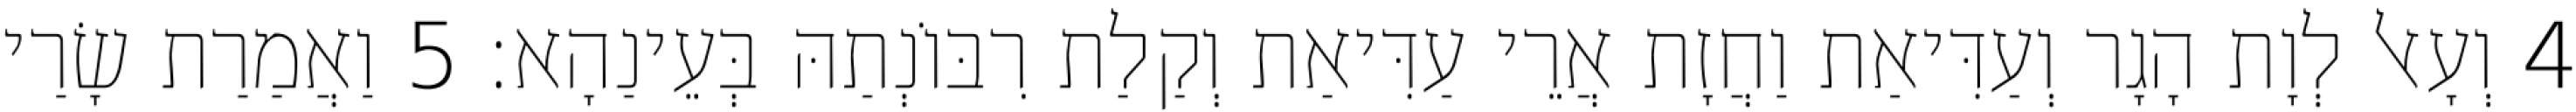
4 וְעָאל לְוָת הָגָר וְעַדִּיאַת וַחֲזָת אֲרֵי עַדִּיאַת וְקַלַת רִבּוֹנְתַהּ בְּעֵינַהָא׃ 5 וַאֲמַרַת שָׂרַי